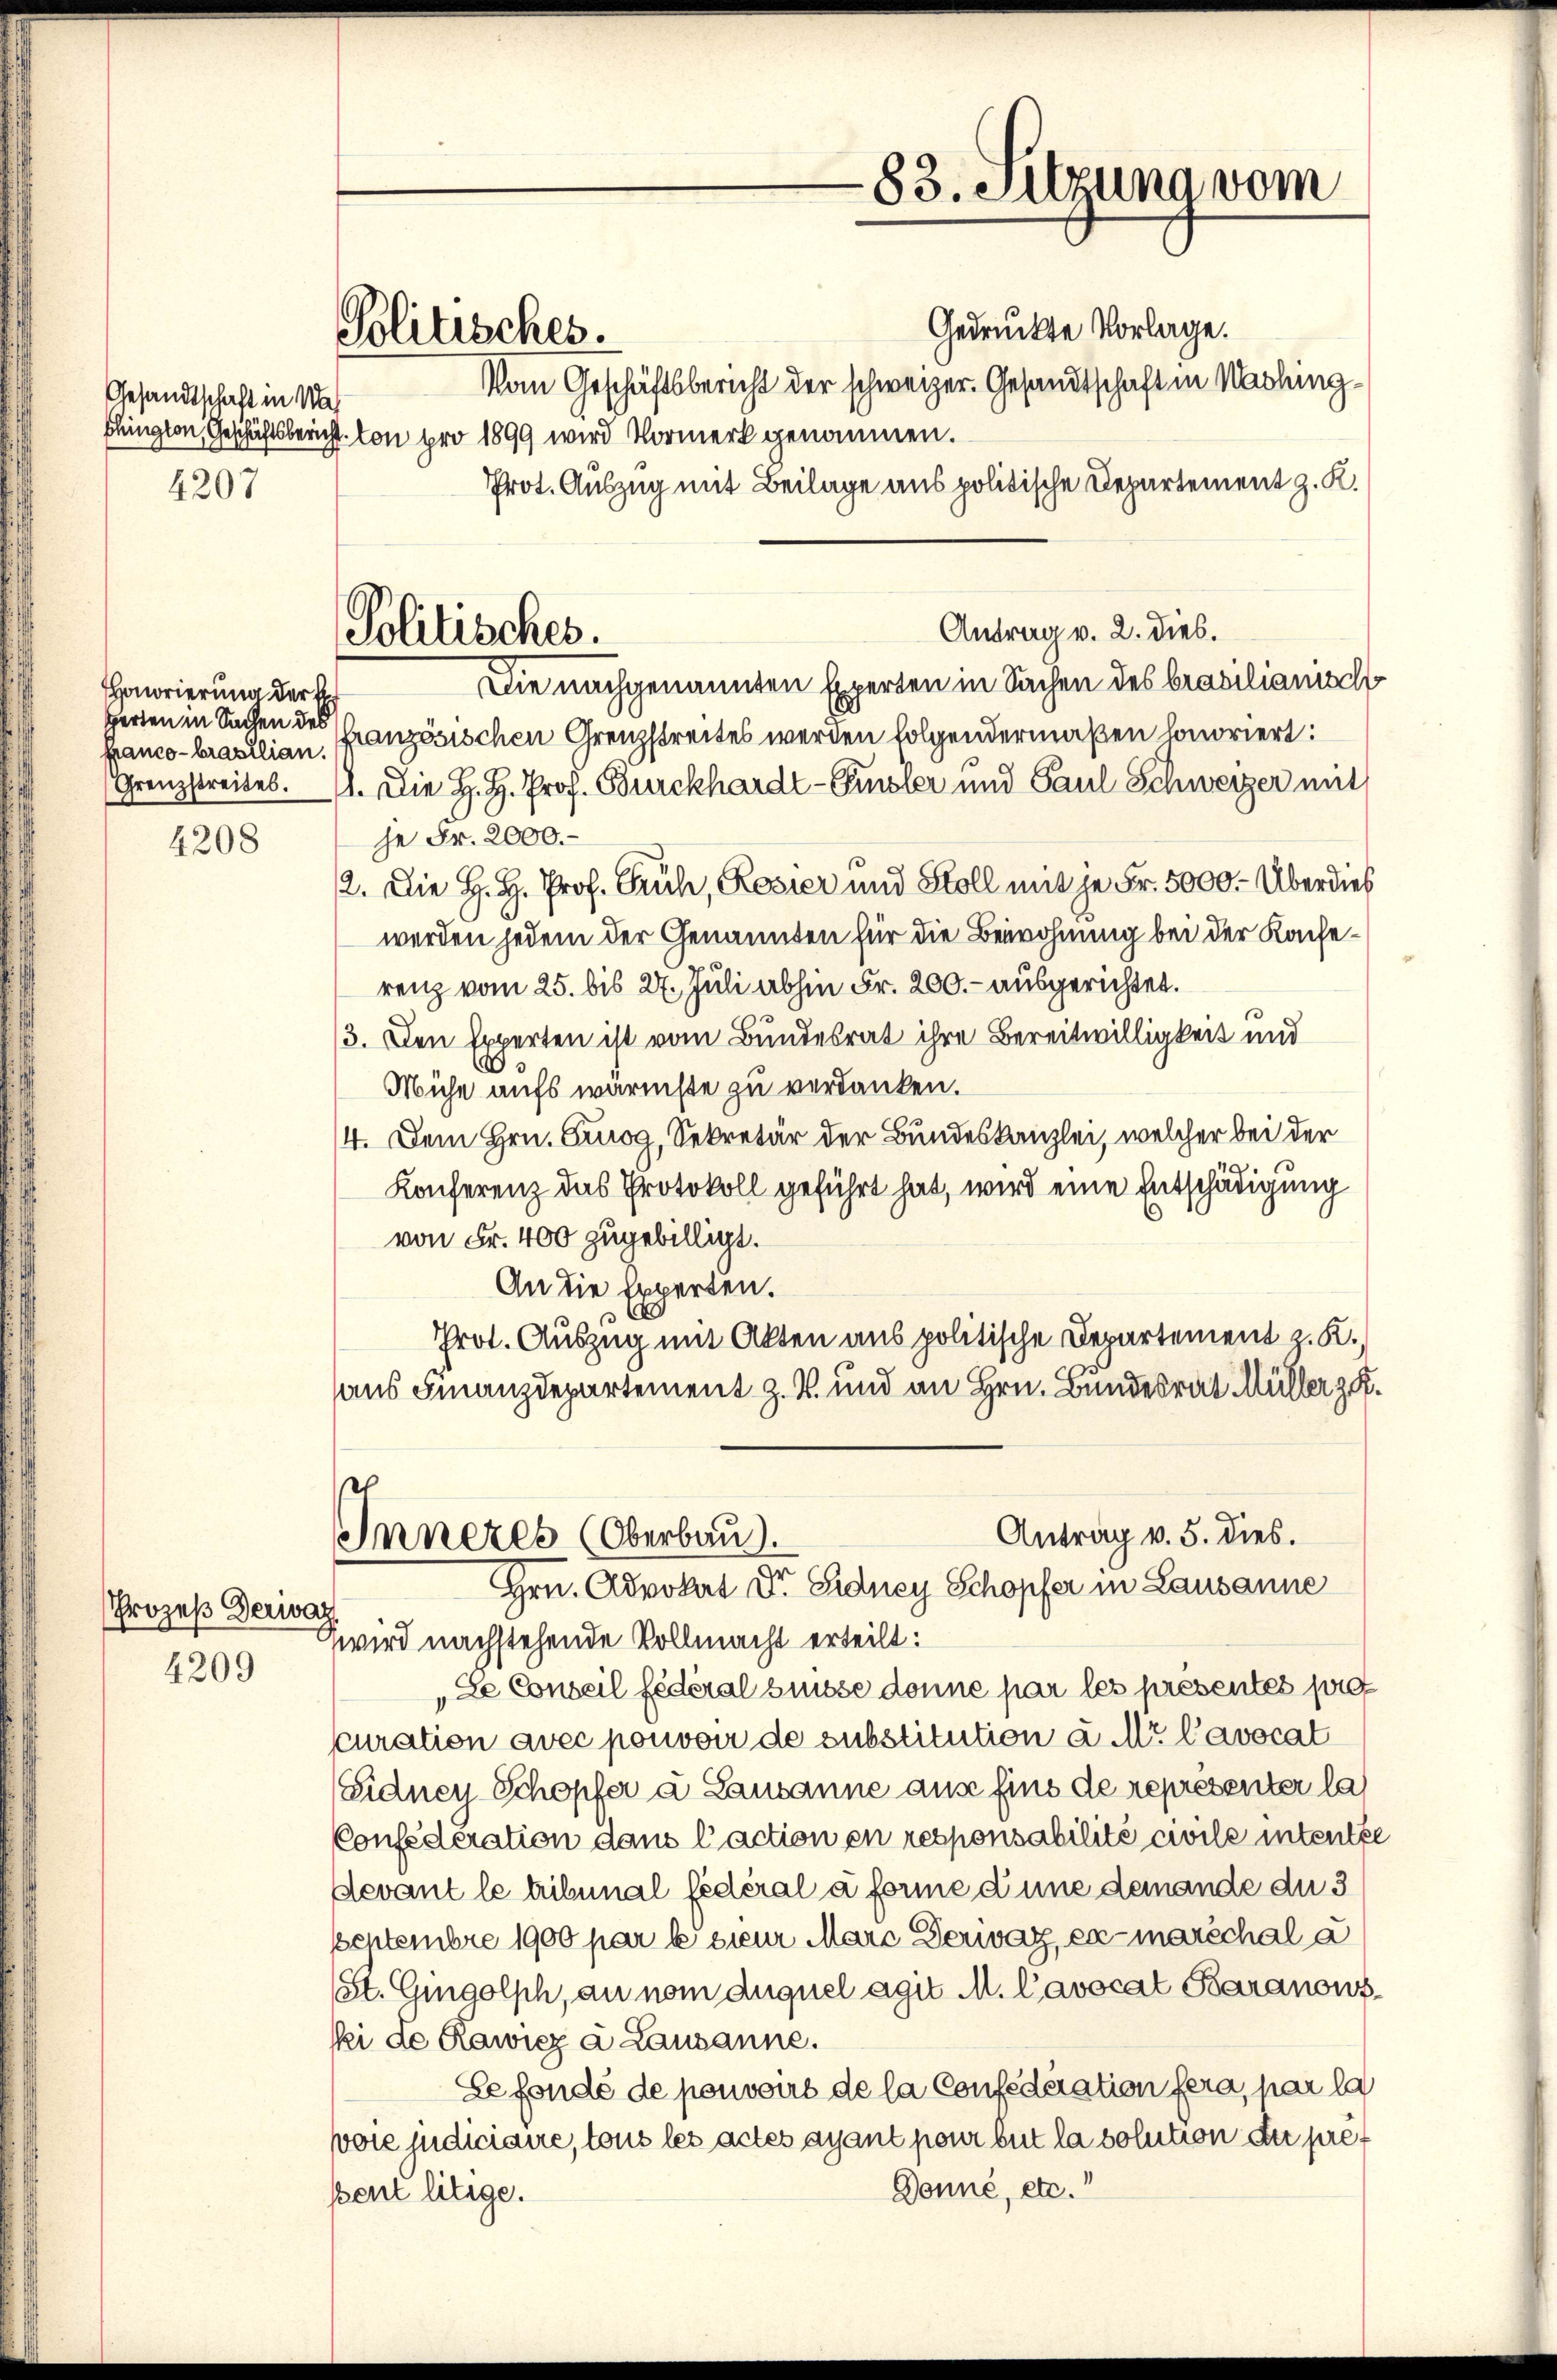
HHonorierung der Er
Herten in Sachen des

4208

Prozeß Derivat
4209

Gesandtschaft in Na
4207

Politisches.

Politisches.

-83. Sitzuna vom

Gedrückte Vorlage.
Vom Geschäftsbericht der schweizer. Gesandtschaft in Mastungblington, Geschäftsbericht von pro 1899 wird Vormerk genommen.
Prot. Auszug mit Beilage aus politische Departement z. K.
Antrag v. 2. dies.
Die nachgenannten Experten in Sachen des brasilianisch
panco-brasilian, französischen Grenzstreites werden folgendermaßen honoriert:
Grenzstreites. 1. Die H. H. Prof. Burckhardt-Finsler und Paul Schweizer mit
he Fr. 2000.
12. Die H. H. Prof. Grüh, Rosier und Stoll mit je Fr. 5000.- Überdies
werden jedem der Genannten für die Beiwohnung bei der Kaiserenz vom 25. bis 27. Juli abhin Fr. 200.- ausgerichtet.
/3. Den Experten ist vom Bundesrat ihre Bereitwilligkeit und
Mühe aufs wärmste zu verdanken.
4. Dem Hrn. Griog, Sekretär der Bundeskanzlei, welcher bei der
Konferenz das Protokoll geführt hat, wird eine Entschädigung
von Fr. 400 zugebilligt.
An die Experten.
Prot. Auszug mit Akten aus politische Departement z. K.
aus Finanzdepartement z. B. und an Hrn. Bundesrat Müller zu.
Antrag v. 5. dies.
Inneres (Oberbau.
Hrn. Advokat Dr. Sidney Schopfer in Lausanne
Zwird nachstehende Vollmacht erteilt:
„Se Conseil fédéral Suisse donne par les présentes pret
scuration avec pouvoir de substitution u. Mr. Cavocat
Sidney Schopfer a Lausanne aus fins de représenter la
Confederation dans l’action en responsabilité civile intentze
Devant le tribunal fédéral à forme d’une demande du 3
Septembre 1900 par le sieur Marc Derivar, er marschal a
St. Gingolph, an nom duquel agit M. L’avocat Baranows
si de Rawiez à Lausanne.
Lefondé de peuvoirs de la Confederation fera, par la
vole judiciaire, tous les actes ayant pour but la solution der pref
Donne, etc.
sent litige.